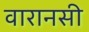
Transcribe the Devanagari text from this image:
वारानसी